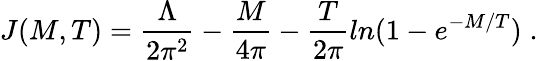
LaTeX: J(M,T)=\frac{\Lambda}{2\pi^{2}}-\frac{M}{4\pi}-\frac{T}{2\pi}ln(1-e^{-M/T})\; .